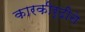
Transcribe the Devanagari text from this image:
कारकीर्दीने